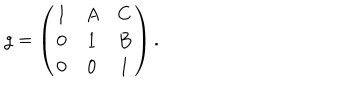
g = \left( \begin{array} { c c c } { { 1 } } & { { A } } & { { C } } \\ { { 0 } } & { { 1 } } & { { B } } \\ { { 0 } } & { { 0 } } & { { 1 } } \\ \end{array} \right) .